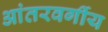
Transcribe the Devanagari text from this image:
आंतरवर्गीय